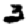
Digit: 3